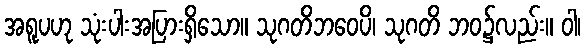
အရူပဟု သုံးပါးအပြားရှိသော။ သုဂတိဘဝေပိ၊ သုဂတိ ဘဝ၌လည်း။ ဝါ၊